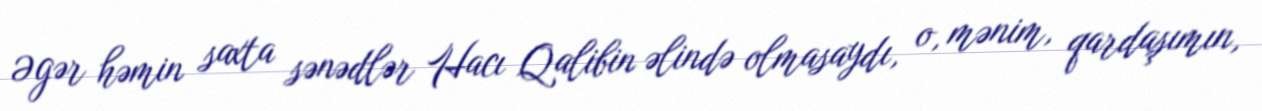
Əgər həmin saxta sənədlər Hacı Qalibin əlində olmasaydı, o, mənim, qardaşımın,